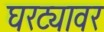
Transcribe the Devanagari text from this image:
घरट्यावर